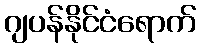
ဂျပန်နိုင်ငံရောက်